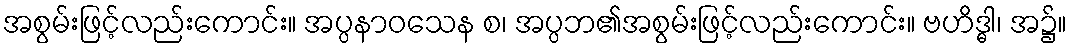
အစွမ်းဖြင့်လည်းကောင်း။ အပ္ပနာဝသေန စ၊ အပ္ပဘ၏အစွမ်းဖြင့်လည်းကောင်း။ ဗဟိဒ္ဓါ၊ အ၌။